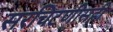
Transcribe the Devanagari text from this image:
सरचिटणीसही